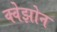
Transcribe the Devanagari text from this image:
क्वेझोन